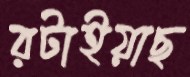
রটাইয়াছ